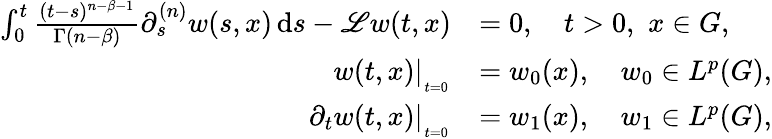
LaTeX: \begin{array}{rl}{\int_{0}^{t}\frac{(t-s)^{n-\beta-1}}{\Gamma(n-\beta)}\partial_{s}^{(n)}w(s,x)\, \mathrm{d}s-\mathscr{L}w(t,x)}&{=0,\quad t>0,\, \, x\in G,}\\ {w(t,x)|_{_{_{t=0}}}}&{=w_{0}(x),\quad w_{0}\in L^{p}(G),}\\ {\partial_{t}w(t,x)|_{_{_{t=0}}}}&{=w_{1}(x),\quad w_{1}\in L^{p}(G),}\end{array}